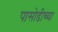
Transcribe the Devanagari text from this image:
पासोडीच्या